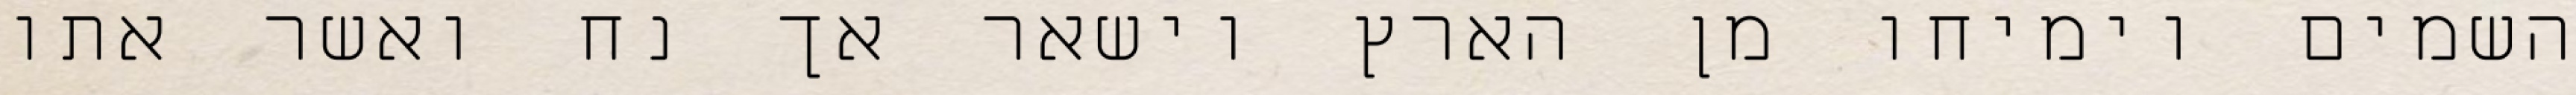
השמים וימיחו מן הארץ וישאר אך נח ואשר אתו